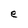
Character: e